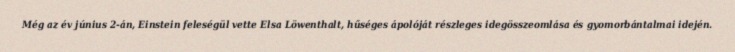
Még az év június 2-án, Einstein feleségül vette Elsa Löwenthalt, hűséges ápolóját részleges idegösszeomlása és gyomorbántalmai idején.